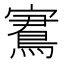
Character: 𡫕